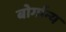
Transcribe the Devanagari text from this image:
बोर्गान्य